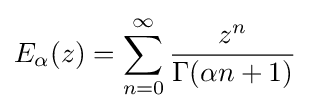
E_{\alpha }(z)=\sum _{n=0}^{\infty }{\dfrac {z^{n}}{\Gamma (\alpha n+1)}}